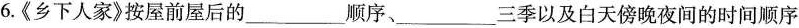
6.《乡下人家》按屋前屋后的___顺序、___三季以及白天傍晚夜间的时间顺序